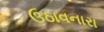
ઉઠાવનારા